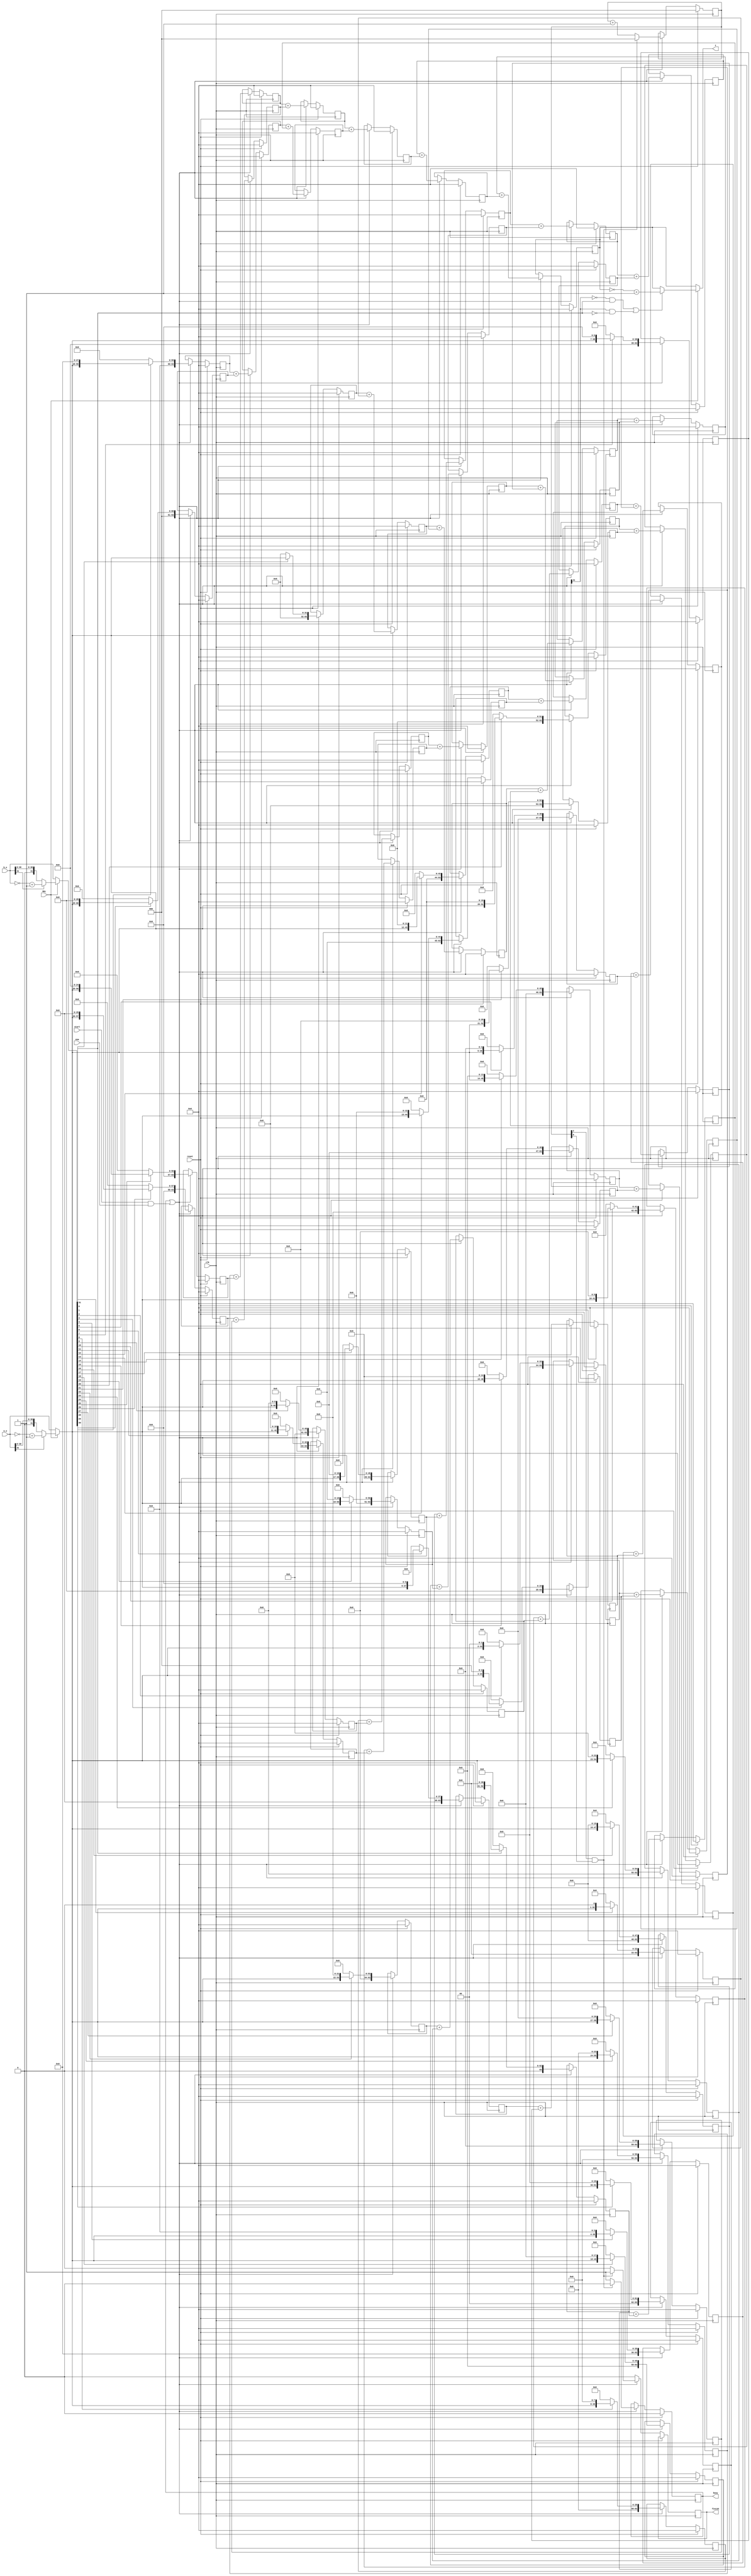
`timescale 1ns/1ns
module MULT( 
input clk,//    
input reset, 
input ena, 
input start,  
input MUL,                   
input [31:0] a_u,//    a()  
input [31:0] b_u,//     b() 
output [63:0] z, //      z
output reg finish,
output reg busy
); 
initial
begin
    finish <= 1'b0;
    busy <= 1'b0;
end
wire [31:0] a = MUL?a_u[31]?~a_u+32'b1:a_u:a_u;
wire [31:0] b = MUL?b_u[31]?~b_u+32'b1:b_u:b_u;
reg [2:0] count = 3'b000;
reg [63:0] temp = 0;
reg [63:0] store0 = 0;
reg [63:0] store1 = 0;
reg [63:0] store2 = 0;
reg [63:0] store3 = 0;
reg [63:0] store4 = 0;
reg [63:0] store5 = 0;
reg [63:0] store6 = 0;
reg [63:0] store7 = 0;
reg [63:0] store8 = 0;
reg [63:0] store9 = 0;
reg [63:0] store10 = 0;
reg [63:0] store11 = 0;
reg [63:0] store12 = 0;
reg [63:0] store13 = 0;
reg [63:0] store14 = 0;
reg [63:0] store15 = 0;
reg [63:0] store16 = 0;
reg [63:0] store17 = 0;
reg [63:0] store18 = 0;
reg [63:0] store19 = 0;
reg [63:0] store20 = 0;
reg [63:0] store21 = 0;
reg [63:0] store22 = 0;
reg [63:0] store23 = 0;
reg [63:0] store24 = 0;
reg [63:0] store25 = 0;
reg [63:0] store26 = 0;
reg [63:0] store27 = 0;
reg [63:0] store28 = 0;
reg [63:0] store29 = 0;
reg [63:0] store30 = 0;
reg [63:0] store31 = 0;
reg [63:0] store0t1 = 0;
reg [63:0] store2t3 = 0;
reg [63:0] store4t5 = 0;
reg [63:0] store6t7 = 0;
reg [63:0] store8t9 = 0;
reg [63:0] store10t11 = 0;
reg [63:0] store12t13 = 0;
reg [63:0] store14t15 = 0;
reg [63:0] store16t17 = 0;
reg [63:0] store18t19 = 0;
reg [63:0] store20t21 = 0;
reg [63:0] store22t23 = 0;
reg [63:0] store24t25 = 0;
reg [63:0] store26t27 = 0;
reg [63:0] store28t29 = 0;
reg [63:0] store30t31 = 0;
reg [63:0] store0t3 = 0;
reg [63:0] store4t7 = 0;
reg [63:0] store8t11 = 0;
reg [63:0] store12t15 = 0;
reg [63:0] store16t19 = 0;
reg [63:0] store20t23 = 0;
reg [63:0] store24t27 = 0;
reg [63:0] store28t31 = 0;
reg [63:0] store0t7 = 0;
reg [63:0] store8t15 = 0;
reg [63:0] store16t23 = 0;
reg [63:0] store24t31 = 0;
reg [63:0] store0t15 = 0;
reg [63:0] store16t31 = 0;
always @ (posedge clk)
    begin
    if(reset)
        begin
        busy<=1'b0;
        count<=3'b000;
        temp <= 0;
        store0 <= 0;
        store1 <= 0;
        store2 <= 0;
        store3 <= 0;
        store4 <= 0;
        store5 <= 0;
        store6 <= 0;
        store7 <= 0;
        store8 <= 0;
        store9 <= 0;
        store10 <= 0;
        store11 <= 0;
        store12 <= 0;
        store13 <= 0;
        store14 <= 0;
        store15 <= 0;
        store16 <= 0;
        store17 <= 0;
        store18 <= 0;
        store19 <= 0;
        store20 <= 0;
        store21 <= 0;
        store22 <= 0;
        store23 <= 0;
        store24 <= 0;
        store25 <= 0;
        store26 <= 0;
        store27 <= 0;
        store28 <= 0;
        store29 <= 0;
        store30 <= 0;
        store31 <= 0;
        store0t1 <= 0;
        store2t3 <= 0;
        store4t5 <= 0;
        store6t7 <= 0;
        store8t9 <= 0;
        store10t11 <= 0;
        store12t13 <= 0;
        store14t15 <= 0;
        store16t17 <= 0;
        store18t19 <= 0;
        store20t21 <= 0;
        store22t23 <= 0;
        store24t25 <= 0;
        store26t27 <= 0;
        store28t29 <= 0;
        store30t31 <= 0;
        store0t3 <= 0;
        store4t7 <= 0;
        store8t11 <= 0;
        store12t15 <= 0;
        store16t19 <= 0;
        store20t23 <= 0;
        store24t27 <= 0;
        store28t31 <= 0;
        store0t7 <= 0;
        store8t15 <= 0;
        store16t23 <= 0;
        store24t31 <= 0;
        store0t15 <= 0;
        store16t31 <= 0;
        end 
    else if(busy|(start&ena))
        begin
        store0 <= b[0]? {32'b0,a} : 64'b0;
        store1 <= b[1]? {31'b0,a,1'b0} : 64'b0;
        store2 <= b[2]? {30'b0,a,2'b0} : 64'b0;
        store3 <= b[3]? {29'b0,a,3'b0} : 64'b0;
        store4 <= b[4]? {28'b0,a,4'b0} : 64'b0;
        store5 <= b[5]? {27'b0,a,5'b0} : 64'b0;
        store6 <= b[6]? {26'b0,a,6'b0} : 64'b0;
        store7 <= b[7]? {25'b0,a,7'b0} : 64'b0;
        store8 <= b[8]? {24'b0,a,8'b0} : 64'b0;
        store9 <= b[9]? {23'b0,a,9'b0} : 64'b0;
        store10 <= b[10]? {22'b0,a,10'b0} : 64'b0;
        store11 <= b[11]? {21'b0,a,11'b0} : 64'b0;
        store12 <= b[12]? {20'b0,a,12'b0} : 64'b0;
        store13 <= b[13]? {19'b0,a,13'b0} : 64'b0;
        store14 <= b[14]? {18'b0,a,14'b0} : 64'b0;
        store15 <= b[15]? {17'b0,a,15'b0} : 64'b0;
        store16 <= b[16]? {16'b0,a,16'b0} : 64'b0;
        store17 <= b[17]? {15'b0,a,17'b0} : 64'b0;
        store18 <= b[18]? {14'b0,a,18'b0} : 64'b0;
        store19 <= b[19]? {13'b0,a,19'b0} : 64'b0;
        store20 <= b[20]? {12'b0,a,20'b0} : 64'b0;
        store21 <= b[21]? {11'b0,a,21'b0} : 64'b0;
        store22 <= b[22]? {10'b0,a,22'b0} : 64'b0;
        store23 <= b[23]? {9'b0,a,23'b0} : 64'b0;
        store24 <= b[24]? {8'b0,a,24'b0} : 64'b0;
        store25 <= b[25]? {7'b0,a,25'b0} : 64'b0;
        store26 <= b[26]? {6'b0,a,26'b0} : 64'b0;
        store27 <= b[27]? {5'b0,a,27'b0} : 64'b0;
        store28 <= b[28]? {4'b0,a,28'b0} : 64'b0;
        store29 <= b[29]? {3'b0,a,29'b0} : 64'b0;
        store30 <= b[30]? {2'b0,a,30'b0} : 64'b0;
        store31 <= b[31]? {1'b0,a,31'b0} : 64'b0;
        store0t1 <= store0 + store1;
        store2t3 <= store2 + store3;
        store4t5 <= store4 + store5;
        store6t7 <= store6 + store7;
        store8t9 <= store8 + store9;
        store10t11 <= store10 + store11;
        store12t13 <= store12 + store13;
        store14t15 <= store14 + store15;
        store16t17 <= store16 + store17;
        store18t19 <= store18 + store19;
        store20t21 <= store20 + store21;
        store22t23 <= store22 + store23;
        store24t25 <= store24 + store25;
        store26t27 <= store26 + store27;
        store28t29 <= store28 + store29;
        store30t31 <= store30 + store31;
        store0t3 <= store0t1+store2t3;
        store4t7 <= store4t5+store6t7;
        store8t11 <= store8t9+store10t11;
        store12t15 <= store12t13+store14t15;
        store16t19 <= store16t17+store18t19;
        store20t23 <= store20t21+store22t23;
        store24t27 <= store24t25+store26t27;
        store28t31 <= store28t29+store30t31;
        store0t7 <= store0t3 + store4t7;
        store8t15 <= store8t11 + store12t15;
        store16t23 <= store16t19 + store20t23;
        store24t31 <= store24t27 + store28t31;
        store0t15 <= store0t7 + store8t15;
        store16t31 <= store16t23 + store24t31;
        temp <= store0t15 + store16t31;
        count <= (count[2]&count[0])?3'b000:count+1'b1;
        finish <= (count[2]&count[0])?1'b1:1'b0;
        busy <= (count[2]&count[0])?1'b0:1'b1;
        end
    else 
        begin
        finish<=1'b0;
        end
    end
assign z =MUL?((~a[31]&b[31])|(a[31]&~b[31]))? ~temp+32'b1 :temp :temp;
endmodule